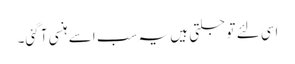
اسی لئے تو جلتی ہیں یہ سب اسے ہنسی آ گئی۔